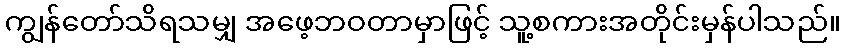
ကျွန်တော်သိရသမျှ အဖေ့ဘဝတာမှာဖြင့် သူ့စကားအတိုင်းမှန်ပါသည်။